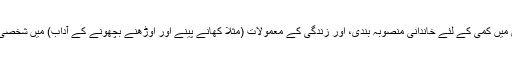
ایسے لوگ خواتین کے حقوق، آبادی میں کمی کے لئے خاندانی منصوبہ بندی، اور زندگی کے معمولات (مثلاً کھانے پینے اور اوڑھنے بچھونے کے آداب) میں شخصی آزادی کی شدید مخالفت کرتے ہیں۔